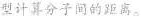
型计算分子的距离。